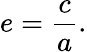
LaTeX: e={\frac{c}{a}}.